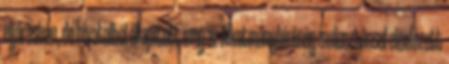
eljárásban, de hivatalból állapított meg az Alkotmánybíróság mulasztással előidézett